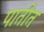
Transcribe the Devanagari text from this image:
पातीत